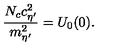
\frac { N _ { c } c _ { \eta ^ { \prime } } ^ { 2 } } { m _ { \eta ^ { \prime } } ^ { 2 } } = U _ { 0 } ( 0 ) .